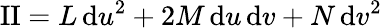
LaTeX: \mathrm{II}=L\, {\mathrm{d}}u^{2}+2M\, {\mathrm{d}}u\, {\mathrm{d}}v+N\, {\mathrm{d}}v^{2}